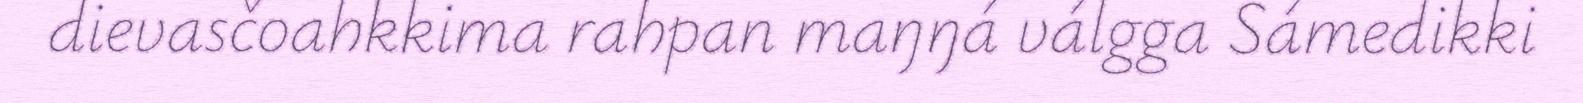
dievasčoahkkima rahpan maŋŋá válgga Sámedikki